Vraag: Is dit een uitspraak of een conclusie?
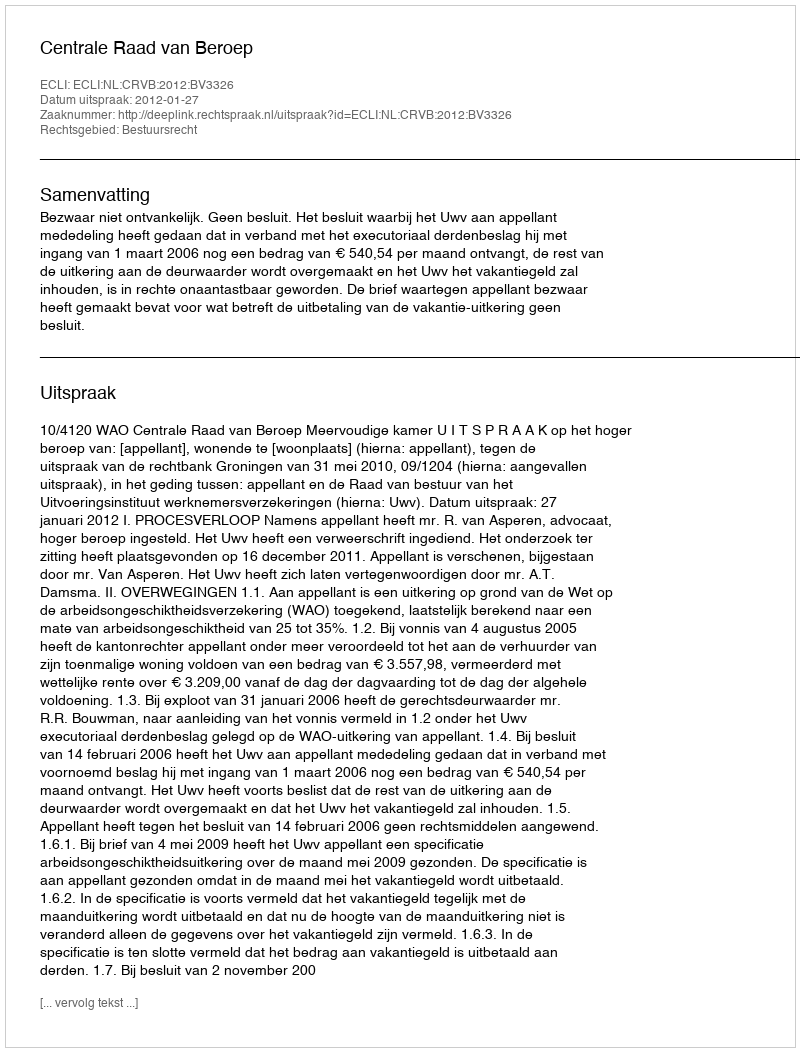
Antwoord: Uitspraak